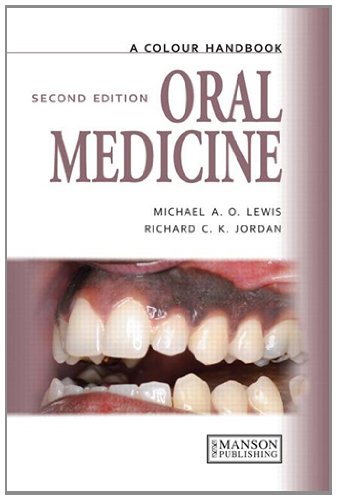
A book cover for Oral Medicine, Second Edition (Medical Color Handbook Series); Michael A.O. Lewis; Medical Books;